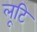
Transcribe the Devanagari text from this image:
लूटि